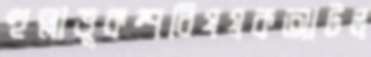
হুল্লাভূকম্পবিষয়কআটল